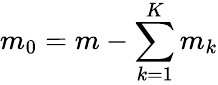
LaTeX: m_{0}=m-\sum_{k=1}^{K}m_{k}